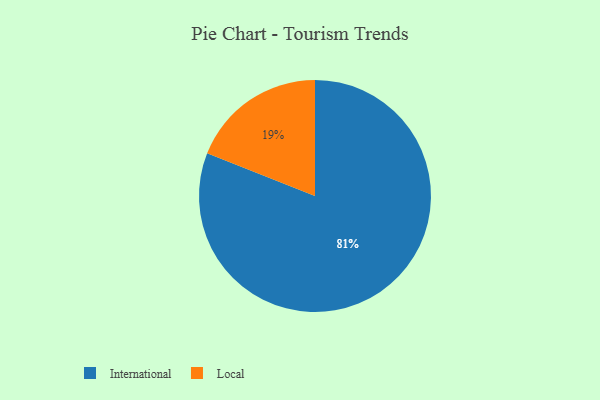
{"axis": {"x": "Category", "y": "Percentage"}, "legend": ["International", "Local"], "data": [{"x": "Local", "y": 19, "type": "Local"}, {"x": "International", "y": 81, "type": "International"}]}